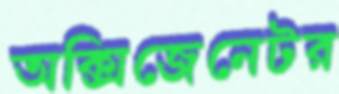
অক্সিজেনেটর